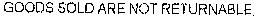
GOODS SOLD ARE NOT RETURNABLE.